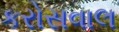
કરોસવાલ